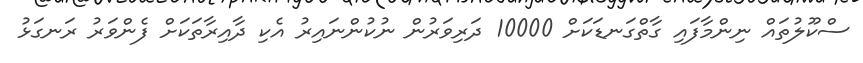
ސްކޫލުތައް ނިންމާފައި ގާތްގަނޑަކަށް 10000 ދަރިވަރުން ނުކުންނައިރު އެކި ދާއިރާތަކަށް ފެންވަރު ރަނގަޅު